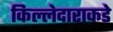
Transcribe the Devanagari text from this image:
किल्लेदाराकडे